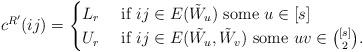
LaTeX: \begin{align*}c^{R'}(ij)=\begin{cases}L_r & \textnormal{ if } ij\in E(\tilde{W}_u) \textnormal{ some }u\in [s]\\U_r & \textnormal{ if } ij\in E(\tilde{W_u},\tilde{W}_v) \textnormal{ some }uv\in {[s]\choose 2}.\end{cases}\end{align*}